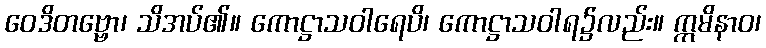
ဝေဒိတဗ္ဗော၊ သိအပ်၏။ ကောဋ္ဌာသဝါရေပိ၊ ကောဋ္ဌာသဝါရ၌လည်း။ ဣမိနာဝ၊